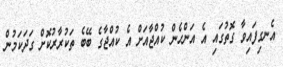
އެނގިފައިވާ ގޮތުގައި އެ އަންހެން ކުއްޖާއަށް އެ ކުއްޖާގެ ބޭބެ ތަކުރާރުކޮށް ގަދަކަމުން